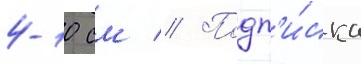
4-10 см // Подп'и́ска